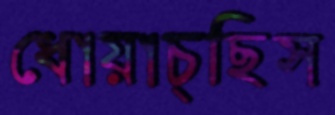
ধোয়াচ্ছিস